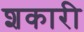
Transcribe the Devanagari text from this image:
शकारी